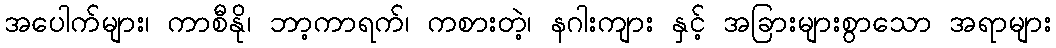
အပေါက်များ၊ ကာစီနို၊ ဘာ့ကာရက်၊ ကစားတဲ့၊ နဂါးကျား နှင့် အခြားများစွာသော အရာများ